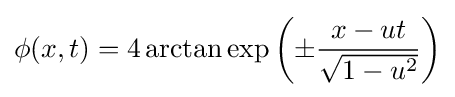
\phi (x,t)=4\arctan \exp \left(\pm {\frac {x-ut}{\sqrt {1-u^{2}}}}\right)